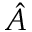
\hat { A }